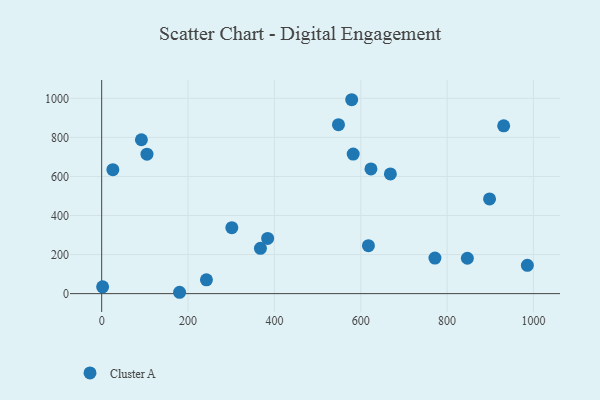
{"axis": {"x": "Distance", "y": "Fuel Efficiency"}, "legend": ["Cluster A"], "data": [{"x": "623.6", "y": 638.6, "type": "Cluster A"}, {"x": "2.2", "y": 34.7, "type": "Cluster A"}, {"x": "301.4", "y": 337.5, "type": "Cluster A"}, {"x": "242.6", "y": 70.6, "type": "Cluster A"}, {"x": "180.4", "y": 7.0, "type": "Cluster A"}, {"x": "931.0", "y": 859.2, "type": "Cluster A"}, {"x": "104.9", "y": 714.2, "type": "Cluster A"}, {"x": "367.7", "y": 232.2, "type": "Cluster A"}, {"x": "579.0", "y": 992.8, "type": "Cluster A"}, {"x": "25.9", "y": 634.8, "type": "Cluster A"}, {"x": "985.9", "y": 144.9, "type": "Cluster A"}, {"x": "898.3", "y": 484.9, "type": "Cluster A"}, {"x": "668.6", "y": 613.1, "type": "Cluster A"}, {"x": "92.0", "y": 787.8, "type": "Cluster A"}, {"x": "771.8", "y": 182.0, "type": "Cluster A"}, {"x": "846.9", "y": 181.3, "type": "Cluster A"}, {"x": "548.4", "y": 865.2, "type": "Cluster A"}, {"x": "617.8", "y": 245.5, "type": "Cluster A"}, {"x": "384.4", "y": 282.5, "type": "Cluster A"}, {"x": "582.5", "y": 714.5, "type": "Cluster A"}]}